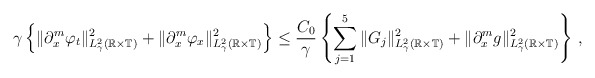
\begin{align*}\gamma\left\{\Vert\partial_x^m\varphi_{t}\Vert^2_{L^2_\gamma(\mathbb R\times\mathbb T)}+\Vert\partial_x^m\varphi_{x}\Vert^2_{L^2_\gamma(\mathbb R\times\mathbb T)}\right\}\le\frac{C_0}{\gamma}\left\{\sum\limits_{j=1}^5\Vert G_j\Vert^2_{L^2_\gamma(\mathbb R\times\mathbb T)}+\Vert \partial_x^m g\Vert^2_{L^2_\gamma(\mathbb R\times\mathbb T)}\right\}\,,\end{align*}